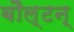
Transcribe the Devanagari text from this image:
बौल्‍टन्‌